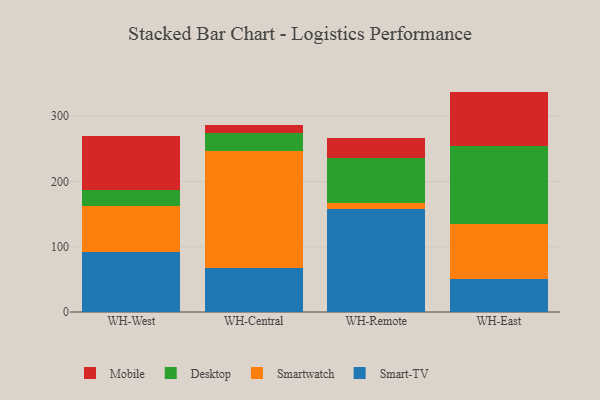
{"axis": {"x": "Warehouse", "y": "Churn Rate (%)"}, "legend": ["Desktop", "Mobile", "Smart-TV", "Smartwatch"], "data": [{"x": "WH-West", "y": 91.3, "type": "Smart-TV"}, {"x": "WH-West", "y": 70.5, "type": "Smartwatch"}, {"x": "WH-West", "y": 24.7, "type": "Desktop"}, {"x": "WH-West", "y": 83.0, "type": "Mobile"}, {"x": "WH-Central", "y": 66.8, "type": "Smart-TV"}, {"x": "WH-Central", "y": 179.4, "type": "Smartwatch"}, {"x": "WH-Central", "y": 27.5, "type": "Desktop"}, {"x": "WH-Central", "y": 13.5, "type": "Mobile"}, {"x": "WH-Remote", "y": 157.8, "type": "Smart-TV"}, {"x": "WH-Remote", "y": 9.8, "type": "Smartwatch"}, {"x": "WH-Remote", "y": 68.4, "type": "Desktop"}, {"x": "WH-Remote", "y": 30.4, "type": "Mobile"}, {"x": "WH-East", "y": 51.2, "type": "Smart-TV"}, {"x": "WH-East", "y": 83.0, "type": "Smartwatch"}, {"x": "WH-East", "y": 120.3, "type": "Desktop"}, {"x": "WH-East", "y": 83.3, "type": "Mobile"}]}